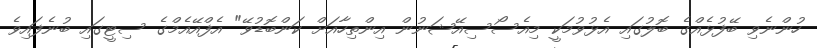
ހުންނެވި ބޭފުޅެއްގެ ބޮލުގައި އެޅުވުމަކީ މިއެސޯސިއޭޝަނުން އިންތިހާއަށް ކަންބޮޑުވޭ" އެފްއޭއެމްގެ ސިޓީގައި ބުނެފައިވެ